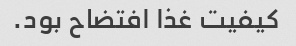
کیفیت غذا افتضاح بود.